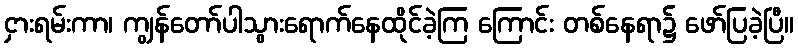
ငှားရမ်းကာ၊ ကျွန်တော်ပါသွားရောက်နေထိုင်ခဲ့ကြ ကြောင်း တစ်နေရာ၌ ဖော်ပြခဲ့ပြီ။